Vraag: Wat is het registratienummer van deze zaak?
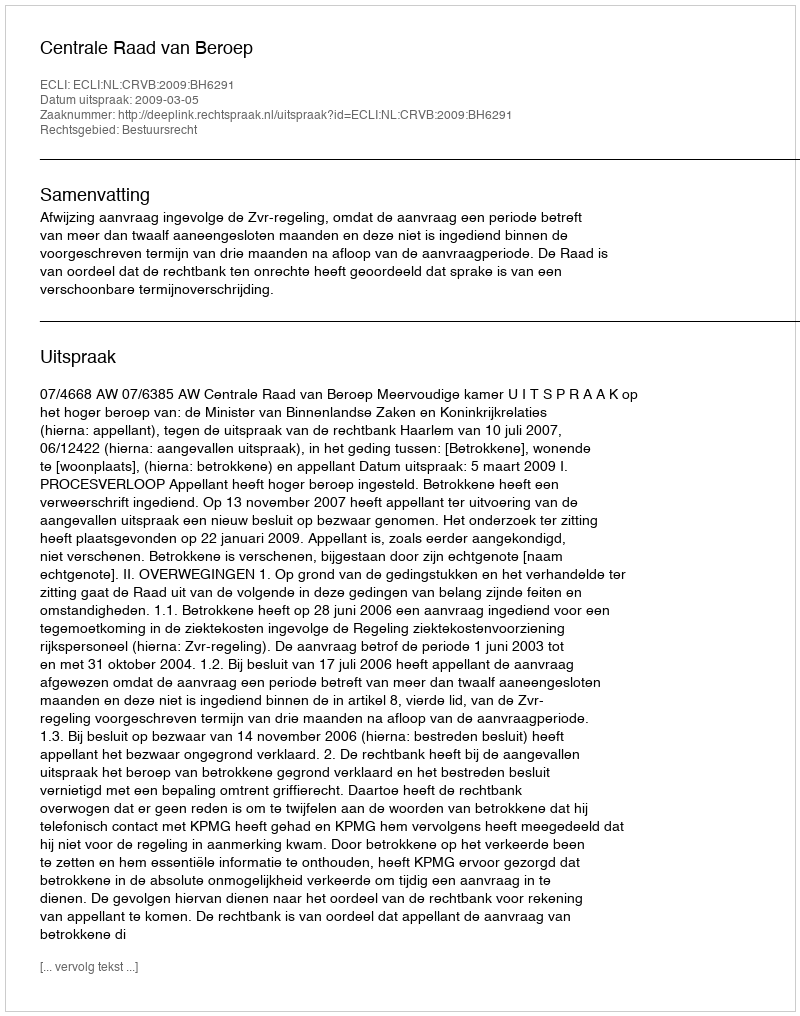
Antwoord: http://deeplink.rechtspraak.nl/uitspraak?id=ECLI:NL:CRVB:2009:BH6291